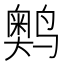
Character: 𬸩